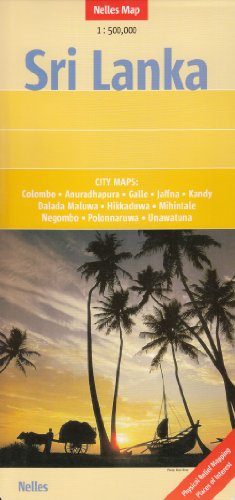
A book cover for Sri Lanka Map (Nelles Maps) (English, Spanish, French, Italian and German Edition); Nelles Verlag; Travel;